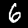
Label: 6